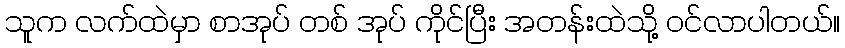
သူက လက်ထဲမှာ စာအုပ် တစ် အုပ် ကိုင်ပြီး အတန်းထဲသို့ ဝင်လာပါတယ်။